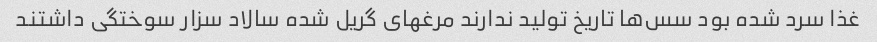
غذا سرد شده بود سس‌ها تاریخ تولید ندارند مرغهای گریل شده سالاد سزار سوختگی داشتند